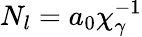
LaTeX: N_{l}=a_{0}\chi_{\gamma}^{-1}